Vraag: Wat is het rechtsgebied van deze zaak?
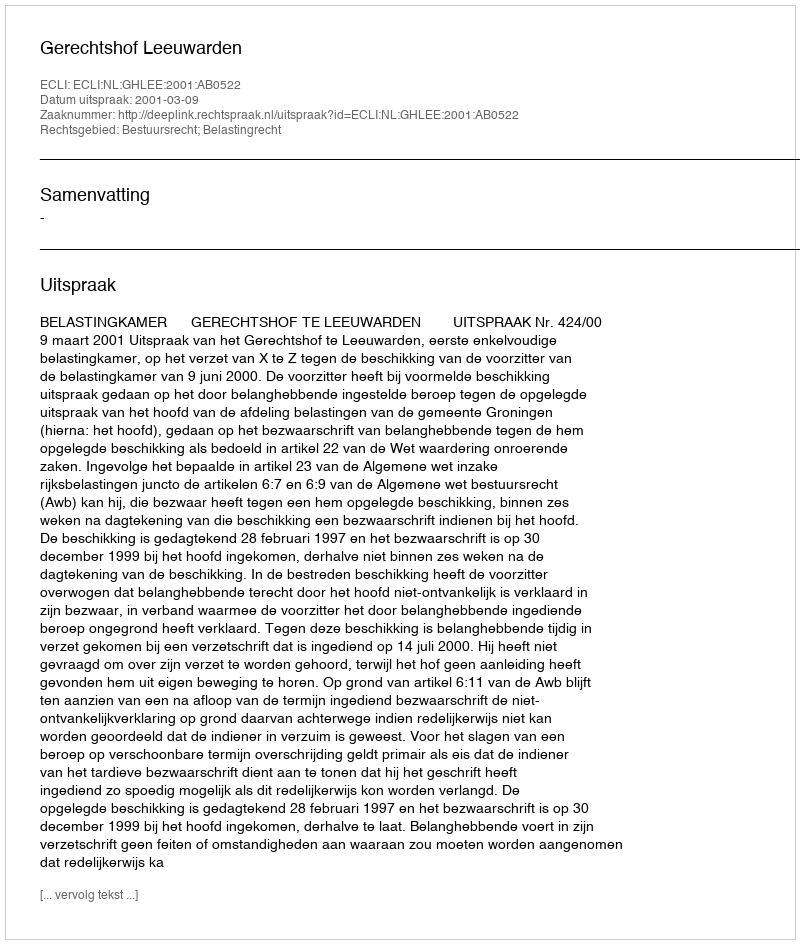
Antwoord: Bestuursrecht; Belastingrecht